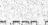
: